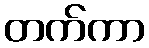
တက်ကာ